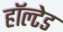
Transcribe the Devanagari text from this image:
हॉल्टेड